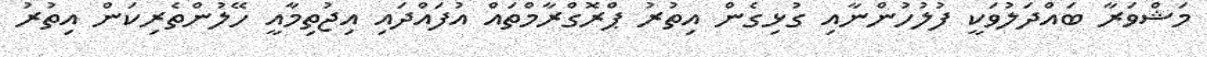
މަޝްވަރާ ބައްދަލުވަކީ ފުލުހުންނާއި ގުޅިގެން އިތުރު ޕްރޮގްރާމްތައް އުފައްދައި އިޖުތިމާއީ ހޭލުންތެރިކަން އިތުރު